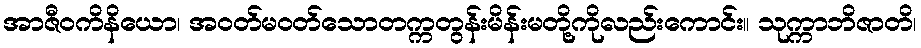
အာဇီဝကိနိယော၊ အဝတ်မဝတ်သောတက္ကတွန်းမိန်းမတို့ကိုလည်းကောင်း။ သုက္ကာဘိဇာတိ၊